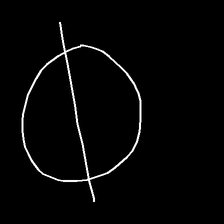
Glyph: orb